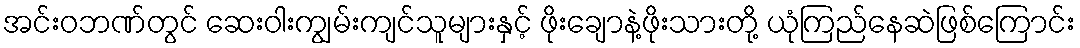
အင်းဝဘဏ်တွင် ဆေးဝါးကျွမ်းကျင်သူများနှင့် ဖိုးချောနဲ့ဖိုးသားတို့ ယုံကြည်နေဆဲဖြစ်ကြောင်း